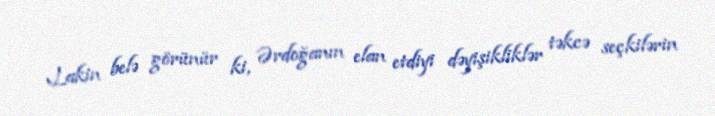
Lakin belə görünür ki, Ərdoğanın elan etdiyi dəyişikliklər təkcə seçkilərin